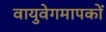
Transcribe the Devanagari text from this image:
वायुवेगमापकों